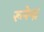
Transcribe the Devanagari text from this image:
रूपेन्द्र